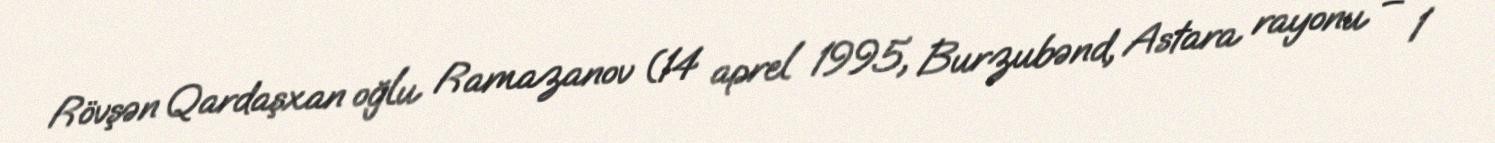
Rövşən Qardaşxan oğlu Ramazanov (14 aprel 1995, Burzubənd, Astara rayonu – 1